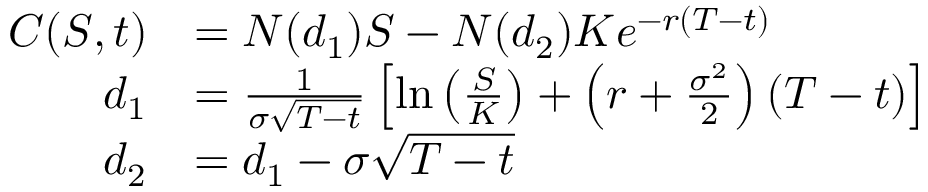
{ \begin{array} { r l } { C ( S , t ) } & { = N ( d _ { 1 } ) S - N ( d _ { 2 } ) K e ^ { - r ( T - t ) } } \\ { d _ { 1 } } & { = { \frac { 1 } { \sigma { \sqrt { T - t } } } } \left[ \ln \left( { \frac { S } { K } } \right) + \left( r + { \frac { \sigma ^ { 2 } } { 2 } } \right) ( T - t ) \right] } \\ { d _ { 2 } } & { = d _ { 1 } - \sigma { \sqrt { T - t } } } \end{array} }